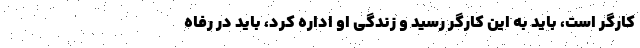
کارگر است، باید به این کارگر رسید و زندگی او اداره کرد، باید در رفاه